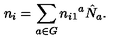
n _ { i } = \sum _ { a \in G } n _ { i 1 } { } ^ { a } \hat { N } _ { a } .